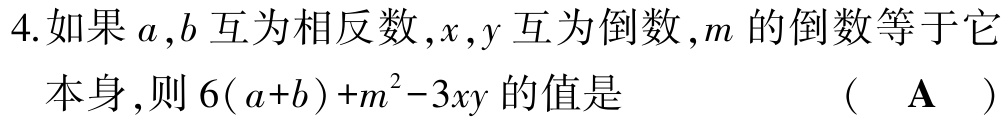
4.如果\(a,b\)互为相反数，\(x,y\)互为倒数，\(m\)的倒数等于它本身，则\(6(a + b)+m^{2}-3xy\)的值是 （ \(\mathbf{A}\) ）